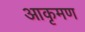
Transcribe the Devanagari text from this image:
आकृमण